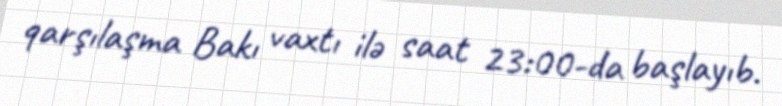
qarşılaşma Bakı vaxtı ilə saat 23:00-da başlayıb.